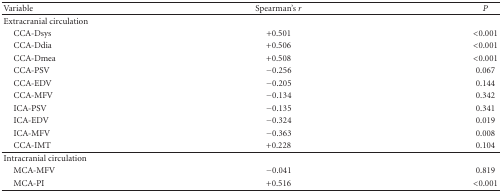
<table><thead><tr><td><b>Variable</b></td><td><b>Spearman's <i>r</i></b></td><td><b><i>P</i></b></td></tr></thead><tbody><tr><td>Extracranial circulation</td><td>[EMPTY_CELL]</td><td>[EMPTY_CELL]</td></tr><tr><td> CCA-Dsys</td><td>+0.501</td><td>&lt;0.001</td></tr><tr><td> CCA-Ddia</td><td>+0.506</td><td>&lt;0.001</td></tr><tr><td> CCA-Dmea</td><td>+0.508</td><td>&lt;0.001</td></tr><tr><td> CCA-PSV</td><td>−0.256</td><td>0.067</td></tr><tr><td> CCA-EDV</td><td>−0.205</td><td>0.144</td></tr><tr><td> CCA-MFV</td><td>−0.134</td><td>0.342</td></tr><tr><td> ICA-PSV</td><td>−0.135</td><td>0.341</td></tr><tr><td> ICA-EDV</td><td>−0.324</td><td>0.019</td></tr><tr><td> ICA-MFV</td><td>−0.363</td><td>0.008</td></tr><tr><td> CCA-IMT</td><td>+0.228</td><td>0.104</td></tr><tr><td>Intracranial circulation</td><td>[EMPTY_CELL]</td><td>[EMPTY_CELL]</td></tr><tr><td> MCA-MFV</td><td>−0.041</td><td>0.819</td></tr><tr><td> MCA-PI</td><td>+0.516</td><td>&lt;0.001</td></tr></tbody></table>